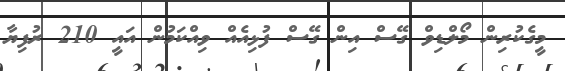
މީގެކުރިން މޯލްޑިވް ގޭސް އިން ގޭސް ފުޅިއެއް ވިއްކަމުން އައީ 210 ރުފިޔާ